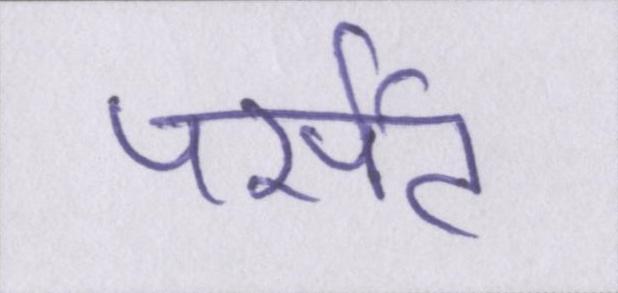
पर्सेंट